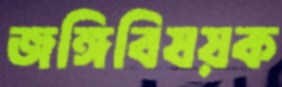
জঙ্গিবিষয়ক